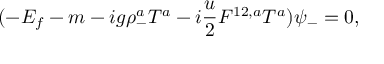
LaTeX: ( - E _ { f } - m - i g \rho _ { - } ^ { a } { T } ^ { a } - i \frac { u } { 2 } F ^ { 1 2 , a } { T } ^ { a } ) \psi _ { - } = 0 ,